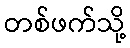
တစ်ဖက်သို့